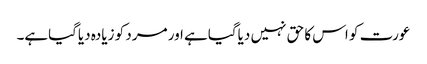
عورت کو اس کا حق نہیں دیاگیاہے اور مرد کو زیادہ دیاگیاہے۔